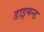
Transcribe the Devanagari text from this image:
डाइमन्ड